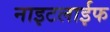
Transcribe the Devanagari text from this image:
नाइटलाईफ